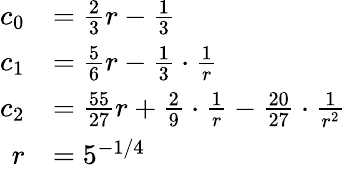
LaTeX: \begin{array}{rl}{c_{0}}&{=\frac{2}{3}r-\frac{1}{3}}\\ {c_{1}}&{=\frac{5}{6}r-\frac{1}{3}\cdot\frac{1}{r}}\\ {c_{2}}&{=\frac{55}{27}r+\frac{2}{9}\cdot\frac{1}{r}-\frac{20}{27}\cdot\frac{1}{r^{2}}}\\ {r}&{=5^{-1/4}}\end{array}